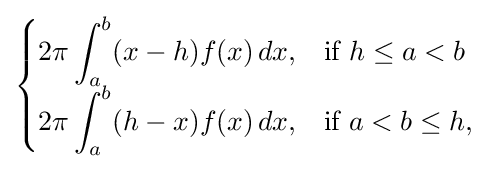
{\begin{cases}\displaystyle 2\pi \int _{a}^{b}(x-h)f(x)\,dx,&{\text{if}}\ h\leq a<b\\\displaystyle 2\pi \int _{a}^{b}(h-x)f(x)\,dx,&{\text{if}}\ a<b\leq h,\end{cases}}